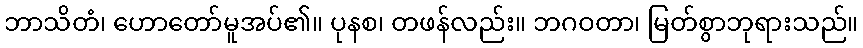
ဘာသိတံ၊ ဟောတော်မူအပ်၏။ ပုနစ၊ တဖန်လည်း။ ဘဂဝတာ၊ မြတ်စွာဘုရားသည်။